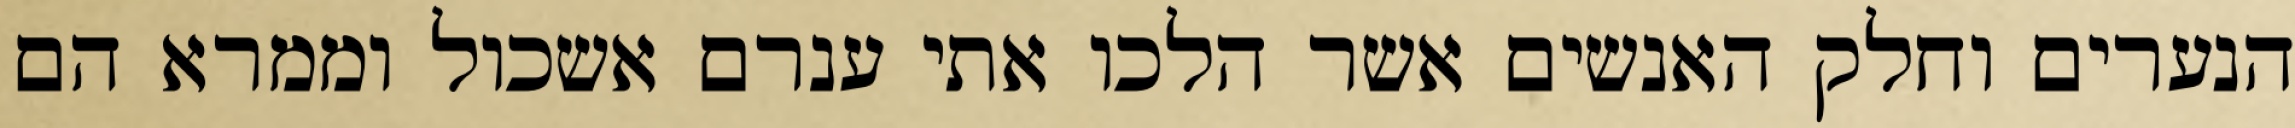
הנערים וחלק האנשים אשר הלכו אתי ענרם אשכול וממרא הם